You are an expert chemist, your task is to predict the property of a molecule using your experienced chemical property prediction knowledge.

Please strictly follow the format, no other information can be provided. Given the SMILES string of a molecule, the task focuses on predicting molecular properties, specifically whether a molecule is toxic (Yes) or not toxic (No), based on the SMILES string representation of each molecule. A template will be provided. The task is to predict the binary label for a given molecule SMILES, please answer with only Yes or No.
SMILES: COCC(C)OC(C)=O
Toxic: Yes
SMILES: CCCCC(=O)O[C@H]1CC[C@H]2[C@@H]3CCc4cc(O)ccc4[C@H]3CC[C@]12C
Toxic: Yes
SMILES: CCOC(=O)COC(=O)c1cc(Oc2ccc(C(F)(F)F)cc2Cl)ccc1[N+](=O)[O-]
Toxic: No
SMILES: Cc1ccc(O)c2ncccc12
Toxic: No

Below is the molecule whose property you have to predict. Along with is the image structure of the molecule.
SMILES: O=C(O)CCCCCCCCC(=O)O
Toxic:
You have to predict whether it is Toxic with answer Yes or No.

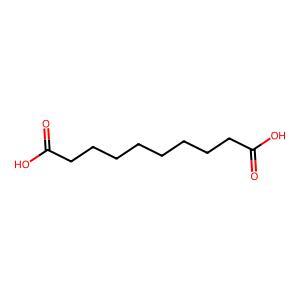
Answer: No